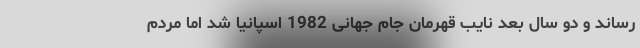
رساند و دو سال بعد نایب قهرمان جام جهانی 1982 اسپانیا شد اما مردم